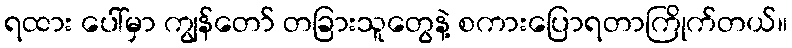
ရထား ပေါ်မှာ ကျွန်တော် တခြားသူတွေနဲ့ စကားပြောရတာကြိုက်တယ်။